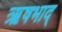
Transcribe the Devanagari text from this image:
ऋषभाद्